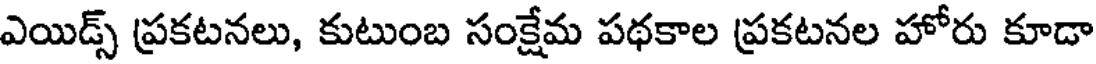
ఎయిడ్స్ ప్రకటనలు, కుటుంబ సంక్షేమ పథకాల ప్రకటనల హోరు కూడా